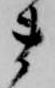
ま